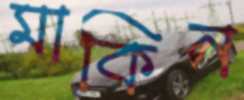
মাকিন